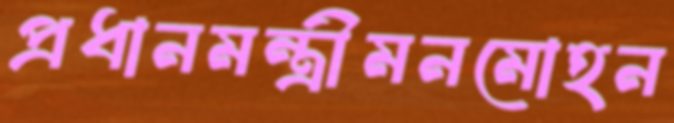
প্রধানমন্ত্রীমনমোহন